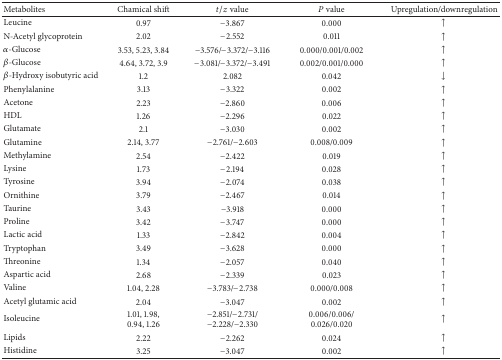
| Metabolites | Chamical shift | t/z value | P value | Upregulation/downregulation |
 | --- | --- | --- | --- | --- |
 | Leucine | 0.97 | −3.867 | 0.000 | ↑ |
 | N-Acetyl glycoprotein | 2.02 | −2.552 | 0.011 | ↑ |
 | α-Glucose | 3.53, 5.23, 3.84 | −3.576/−3.372/−3.116 | 0.000/0.001/0.002 | ↑ |
 | β-Glucose | 4.64, 3.72, 3.9 | −3.081/−3.372/−3.491 | 0.002/0.001/0.000 | ↑ |
 | β-Hydroxy isobutyric acid | 1.2 | 2.082 | 0.042 | ↓ |
 | Phenylalanine | 3.13 | −3.322 | 0.002 | ↑ |
 | Acetone | 2.23 | −2.860 | 0.006 | ↑ |
 | HDL | 1.26 | −2.296 | 0.022 | ↑ |
 | Glutamate | 2.1 | −3.030 | 0.002 | ↑ |
 | Glutamine | 2.14, 3.77 | −2.761/−2.603 | 0.008/0.009 | ↑ |
 | Methylamine | 2.54 | −2.422 | 0.019 | ↑ |
 | Lysine | 1.73 | −2.194 | 0.028 | ↑ |
 | Tyrosine | 3.94 | −2.074 | 0.038 | ↑ |
 | Ornithine | 3.79 | −2.467 | 0.014 | ↑ |
 | Taurine | 3.43 | −3.918 | 0.000 | ↑ |
 | Proline | 3.42 | −3.747 | 0.000 | ↑ |
 | Lactic acid | 1.33 | −2.842 | 0.004 | ↑ |
 | Tryptophan | 3.49 | −3.628 | 0.000 | ↑ |
 | Threonine | 1.34 | −2.057 | 0.040 | ↑ |
 | Aspartic acid | 2.68 | −2.339 | 0.023 | ↑ |
 | Valine | 1.04, 2.28 | −3.783/−2.738 | 0.000/0.008 | ↑ |
 | Acetyl glutamic acid | 2.04 | −3.047 | 0.002 | ↑ |
 | Isoleucine | 1.01, 1.98, 0.94, 1.26 | −2.851/−2.731/−2.228/−2.330 | 0.006/0.006/0.026/0.020 | ↑ |
 | Lipids | 2.22 | −2.262 | 0.024 | ↑ |
 | Histidine | 3.25 | −3.047 | 0.002 | ↑ |